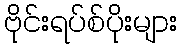
ဗိုင်းရပ်စ်ပိုးများ